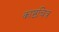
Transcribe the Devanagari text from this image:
काष्ठचित्र